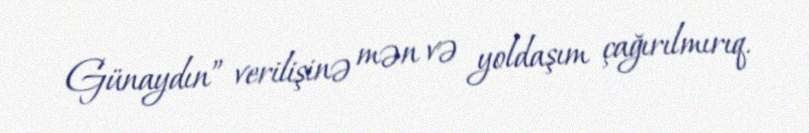
Günaydın” verilişinə mən və yoldaşım çağırılmırıq.